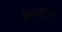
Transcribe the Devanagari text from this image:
संघठीत